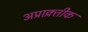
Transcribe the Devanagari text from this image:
अप्राक्र्तीक